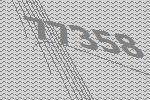
77358